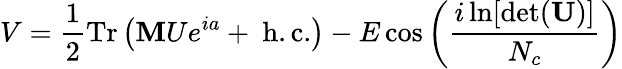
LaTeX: V=\frac{1}{2}\mathrm{Tr}\left({\mathbf MU}e^{i{a}}+~\mathrm{h.c.}\right)-E\cos\left(\frac{i\ln[\operatorname*{det}({\mathbf U})]}{N_{c}}\right)